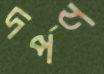
দর্পণ